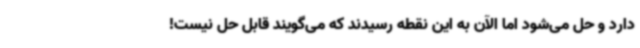
دارد و حل می‌شود اما الآن به این نقطه رسیدند که می‌گویند قابل حل نیست!